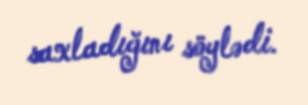
saxladığını söylədi.